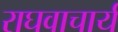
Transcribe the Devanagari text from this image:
राघवाचार्य